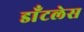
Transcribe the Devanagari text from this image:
डाँटलेस